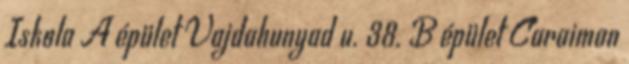
Iskola A épület Vajdahunyad u. 38. B épület Caraiman